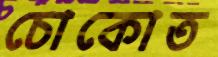
চোকোত